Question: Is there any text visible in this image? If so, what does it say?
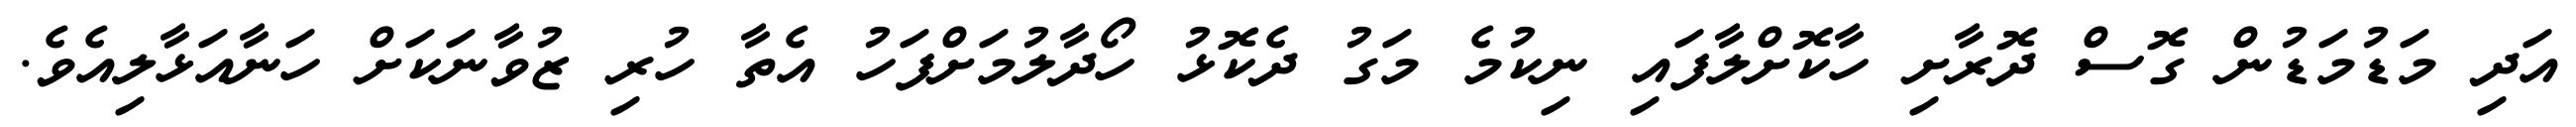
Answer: އަދި މަޑުމަޑުން ގޮސް ދޮރާށި ހާކޮށްލާފައި ނިކުމެ މަގު ދެކޮޅު ހޯދާލުމަށްފަހު އެތާ ހުރި ޒުވާނަކަށް ހަނާއަޅާލިއެވެ.